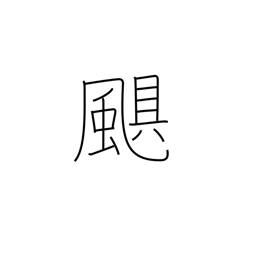
Meaning: storm